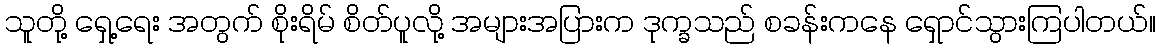
သူတို့ ရှေ့ရေး အတွက် စိုးရိမ် စိတ်ပူလို့ အများအပြားက ဒုက္ခသည် စခန်းကနေ ရှောင်သွားကြပါတယ်။